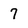
Character: 7